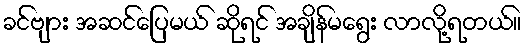
ခင်ဗျား အဆင်ပြေမယ် ဆိုရင် အချိန်မရွေး လာလို့ရတယ်။